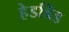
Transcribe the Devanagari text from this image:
हेडविंड